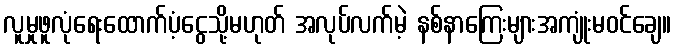
လူမှုဖူလုံရေးထောက်ပံ့ငွေသို့မဟုတ် အလုပ်လက်မဲ့ နစ်နာကြေးများအကျုံးမဝင်ချေ။